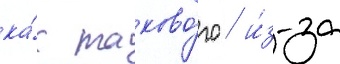
ка́к таково́го / и́з-за